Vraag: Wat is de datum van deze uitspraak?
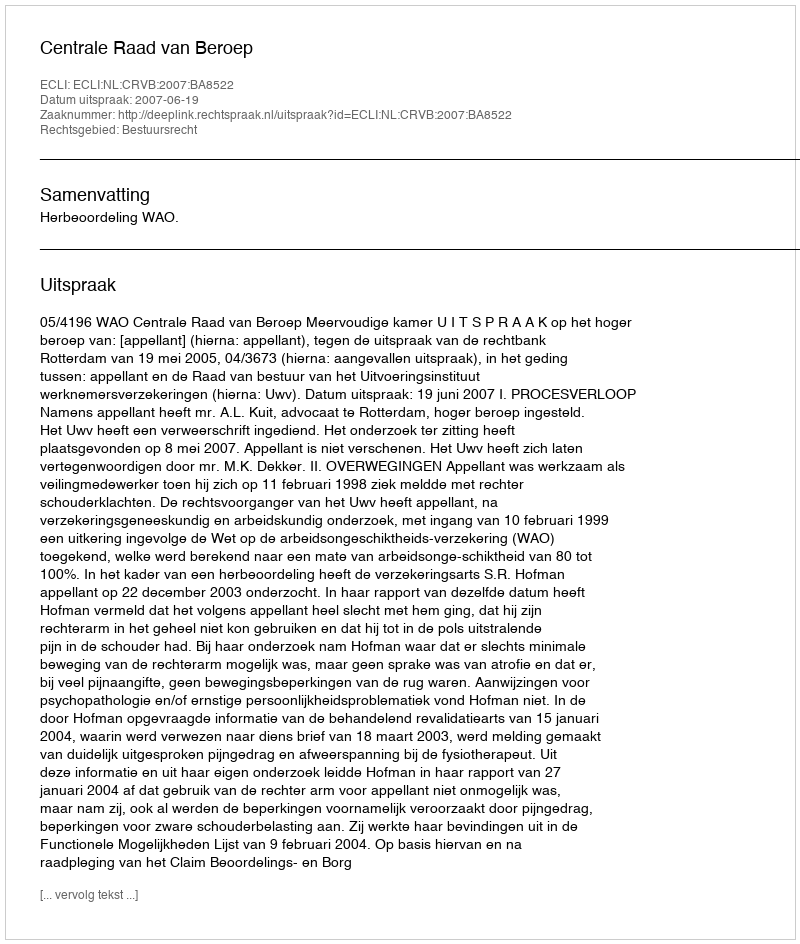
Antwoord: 2007-06-19